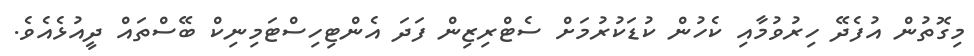
މިގޮތުން އުފެދޭ ހިރުވުމާއި ކެހުން ކުޑަކުރުމަށް ސެޓްރިޒިން ފަދަ އެންޓިހިސްޓަމިނިކް ބޭސްތައް ދީއުޅެއެވެ.